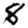
Digit: 8